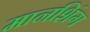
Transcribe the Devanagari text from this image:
मानशिंग